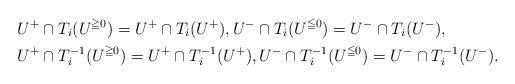
LaTeX: \begin{align*}&U^+\cap T_i(U^{\geqq0})=U^+\cap T_i(U^+),U^-\cap T_i(U^{\leqq0})=U^-\cap T_i(U^-),\\&U^+\cap T_i^{-1}(U^{\geqq0})=U^+\cap T_i^{-1}(U^+),U^-\cap T_i^{-1}(U^{\leqq0})=U^-\cap T_i^{-1}(U^-).\end{align*}